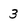
Character: 3